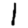
Digit: 1